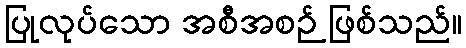
ပြုလုပ်သော အစီအစဉ် ဖြစ်သည်။